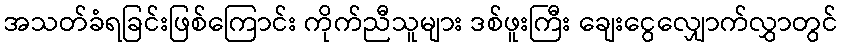
အသတ်ခံရခြင်းဖြစ်ကြောင်း ကိုက်ညီသူများ ဒစ်ဖူးကြီး ချေးငွေလျှောက်လွှာတွင်